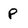
Character: P